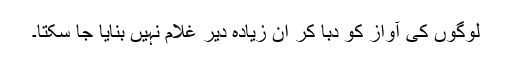
لوگوں کی آواز کو دبا کر ان زیادہ دیر غلام نہیں بنایا جا سکتا۔